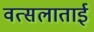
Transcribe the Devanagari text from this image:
वत्सलाताई